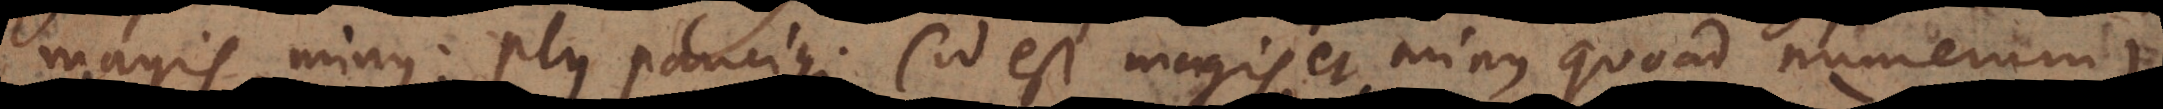
magis, minus; plus, paucius (id est magis et minus quoad numerum);